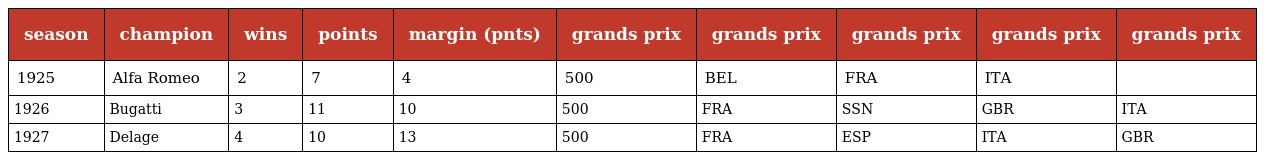
| season | champion | wins | points | margin (pnts) | grands prix | grands prix | grands prix | grands prix | grands prix |
 | --- | --- | --- | --- | --- | --- | --- | --- | --- | --- |
 | 1925 | Alfa Romeo | 2 | 7 | 4 | 500 | BEL | FRA | ITA |  |
 | 1926 | Bugatti | 3 | 11 | 10 | 500 | FRA | SSN | GBR | ITA |
 | 1927 | Delage | 4 | 10 | 13 | 500 | FRA | ESP | ITA | GBR |